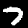
Digit: 7